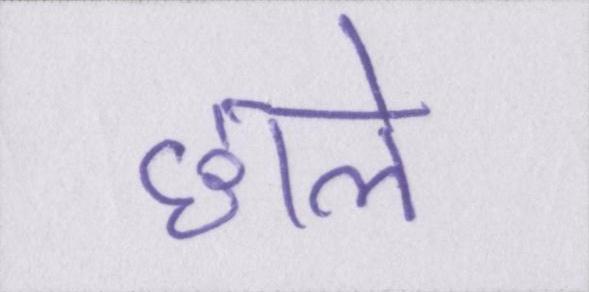
छाले